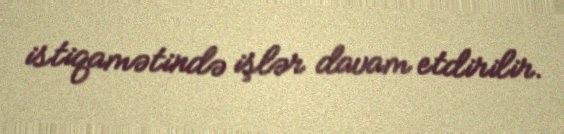
istiqamətində işlər davam etdirilir.